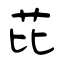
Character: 芘